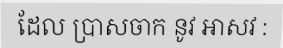
ដែល ប្រាសចាក នូវ ឤសវ :